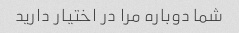
شما دوباره مرا در اختیار دارید